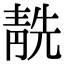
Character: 𩇜